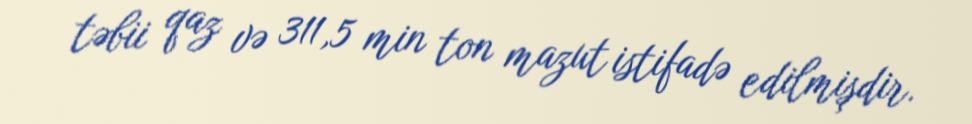
təbii qaz və 311,5 min ton mazut istifadə edilmişdir.